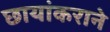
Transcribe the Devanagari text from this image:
छायांकराने